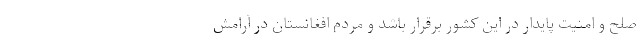
صلح و امنیت پایدار در این کشور برقرار باشد و مردم افغانستان در آرامش